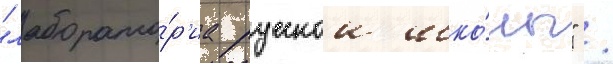
"лаборато́р'иа русскои шко́лы" /